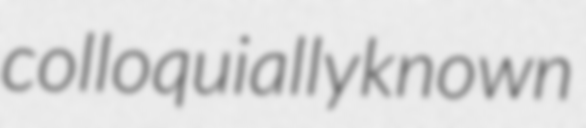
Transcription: colloquially known